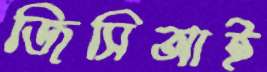
জিসিআই